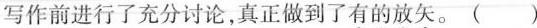
写作前进行了充分讨论，真正做到了有的放矢。 ( )